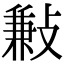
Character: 㪠